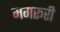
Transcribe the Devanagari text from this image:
मगरूरी